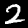
Label: 2